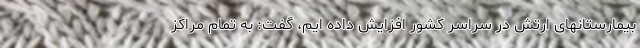
بیمارستانهای ارتش در سراسر کشور افزایش داده ایم، گفت: به تمام مراکز